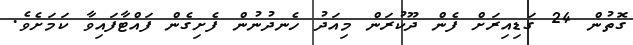
ގޮތުން 24 ގަޑިއިރަށް ފެން ދޫކުރަން މިއަދު ހެނދުނުން ފެށިގެން ފައްޓާފައިވާ ކަމަށެވެ.